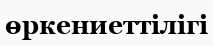
өркениеттілігі